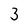
Character: 3